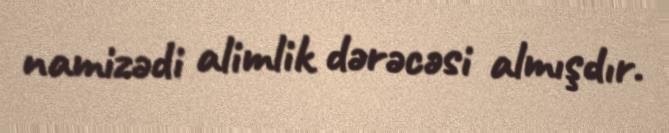
namizədi alimlik dərəcəsi almışdır.